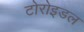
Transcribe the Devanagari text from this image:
टोरोइडल